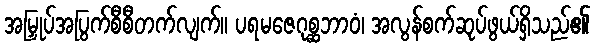
အမြှုပ်အပြွက်စီစီတက်လျက်။ ပရမဇေဂုစ္ဆဘာဝံ၊ အလွန်စက်ဆုပ်ဖွယ်ရှိသည်၏